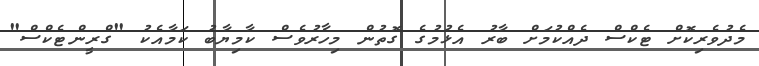
މެދުވެރިކޮށް ޓެކްސް ދެއްކުމަށް ބާރު އެޅުމުގެ ގޮތުން މިހާރުވެސް ކާމިޔާބު ކަމާއެކު "ގްރީންޓެކްސް"